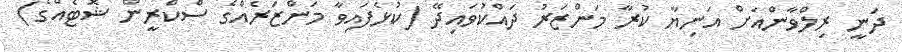
ދަނީ ރިލްވާންއަށް އަނިޔާ ކުރާ މަންޒަރު ދައްކުވައިދޭ (ކުޅެފައިވާ މަންޒަރެއްގެ ސްކްރީން ޝޮޓެއްގެ)